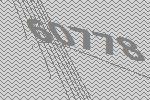
60778